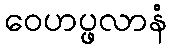
ဝေဟပ္ဖလာနံ